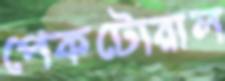
পেকটোরাল